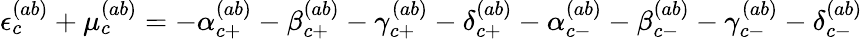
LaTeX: \begin{array}{r}{\epsilon_{c}^{(ab)}+\mu_{c}^{(ab)}=-\alpha_{c+}^{(ab)}-\beta_{c+}^{(ab)}-\gamma_{c+}^{(ab)}-\delta_{c+}^{(ab)}-\alpha_{c-}^{(ab)}-\beta_{c-}^{(ab)}-\gamma_{c-}^{(ab)}-\delta_{c-}^{(ab)}}\end{array}